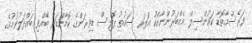
ފަރެސްމާތޮޑާ ކައުންސިލް މެމްބަރުންނާއެކު އަޕަރ ސައުތު ޕޮލިސް ޑިވިޜަންގެ ކޮމާންޑަރު ބޭއްވި ބައްދަލުވުމުގެ